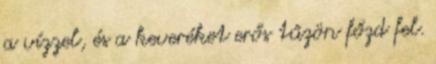
a vízzel, és a keveréket erős tűzön főzd fel.